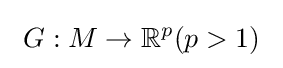
\ G:M\to \mathbb {R} ^{p}(p>1)\